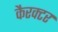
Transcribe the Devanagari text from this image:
कैरक्टर